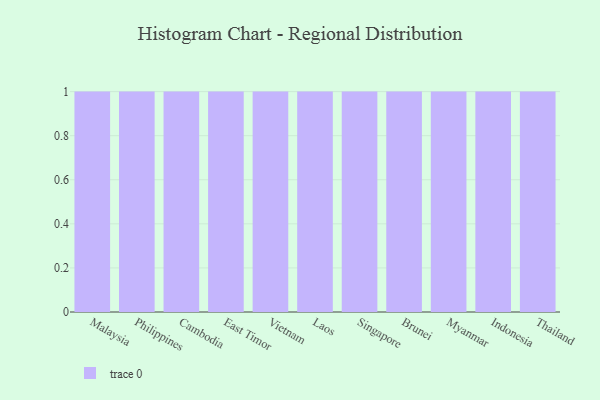
{"axis": {"x": "Country", "y": "Energy Usage (MWh)"}, "legend": [""], "data": [{"x": "Malaysia", "y": 71, "type": ""}, {"x": "Philippines", "y": 38, "type": ""}, {"x": "Cambodia", "y": 31, "type": ""}, {"x": "East Timor", "y": 60, "type": ""}, {"x": "Vietnam", "y": 54, "type": ""}, {"x": "Laos", "y": 54, "type": ""}, {"x": "Singapore", "y": 38, "type": ""}, {"x": "Brunei", "y": 4, "type": ""}, {"x": "Myanmar", "y": 90, "type": ""}, {"x": "Indonesia", "y": 36, "type": ""}, {"x": "Thailand", "y": 32, "type": ""}]}